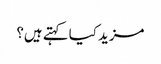
مزید کیا کہتے ہیں؟